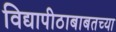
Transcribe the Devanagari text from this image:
विद्यापीठाबाबतच्या